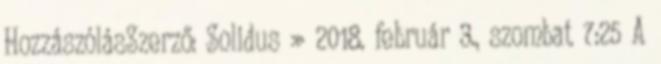
HozzászólásSzerző: Solidus » 2018. február 3., szombat 7:25 A